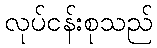
လုပ်ငန်းစုသည်